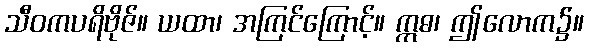
သီဝကပရိဗိုဇ်။ ယထာ၊ အကြင်ကြောင့်။ ဣဓ၊ ဤလောက၌။